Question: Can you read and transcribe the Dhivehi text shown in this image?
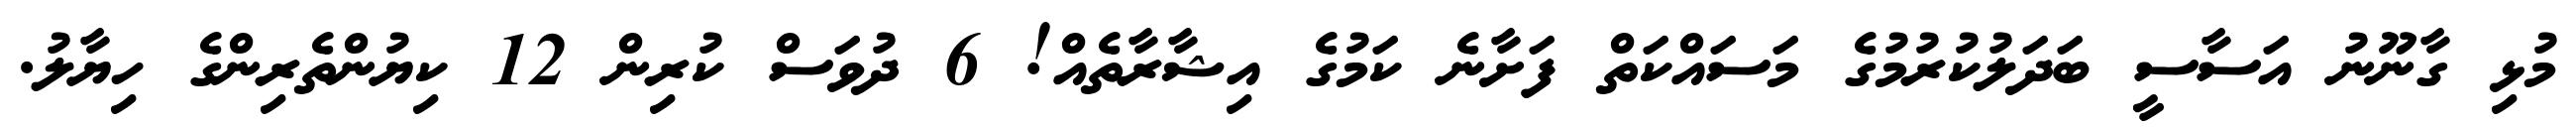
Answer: މުޅި ގާނޫނު އަސާސީ ބަދަލުކުރުމުގެ މަސައްކަތް ފަށާނެ ކަމުގެ އިޝާރާތެއް! 6 ދުވަސް ކުރިން 12 ކިޔުންތެރިންގެ ހިޔާލު.